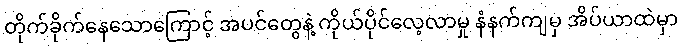
တိုက်ခိုက်နေသောကြောင့် အပင်တွေနဲ့ ကိုယ်ပိုင်လေ့လာမှု နံနက်ကျမှ အိပ်ယာထဲမှာ